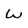
Character: w